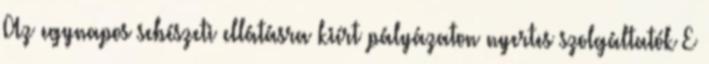
Az egynapos sebészeti ellátásra kiírt pályázaton nyertes szolgáltatók E